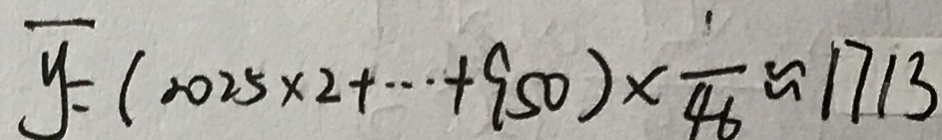
\overline { y } = ( 2 0 2 5 \times 2 + \cdots + 9 5 0 ) \times \frac { 1 } { 4 6 } \approx 1 7 1 3